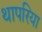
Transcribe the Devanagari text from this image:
थापरिया